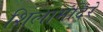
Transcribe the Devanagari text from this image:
शिलामंदिरे